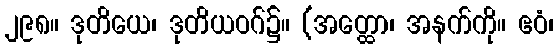
၂၉၈။ ဒုတိယေ၊ ဒုတိယဝဂ်၌။ (အတ္ထော၊ အနက်ကို။ ဧဝံ၊